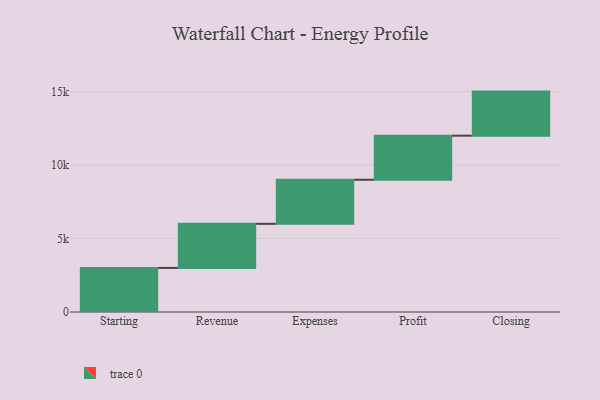
{"axis": {"x": "Step", "y": "Value"}, "legend": [""], "data": [{"x": "Starting", "y": 3000, "type": ""}, {"x": "Revenue", "y": 3000, "type": ""}, {"x": "Expenses", "y": 3000, "type": ""}, {"x": "Profit", "y": 3000, "type": ""}, {"x": "Closing", "y": 3000, "type": ""}]}